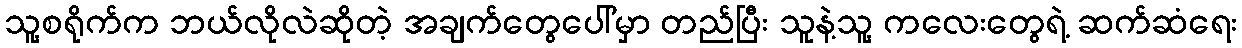
သူ့စရိုက်က ဘယ်လိုလဲဆိုတဲ့ အချက်တွေပေါ်မှာ တည်ပြီး သူနဲ့သူ့ ကလေးတွေရဲ့ ဆက်ဆံရေး